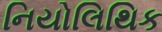
નિયોલિથિક